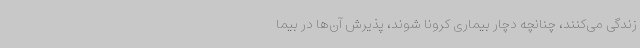
زندگی می‌کنند، چنانچه دچار بیماری کرونا شوند، پذیرش آن‌ها در بیما